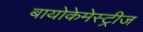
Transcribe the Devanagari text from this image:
बायोकेमेस्ट्रीज